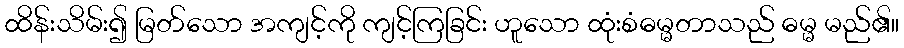
ထိန်းသိမ်း၍ မြတ်သော အကျင့်ကို ကျင့်ကြခြင်း ဟူသော ထုံးစံဓမ္မတာသည် ဓမ္မ မည်၏။